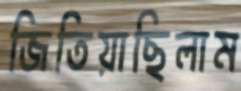
জিতিয়াছিলাম